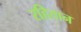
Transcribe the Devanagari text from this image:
रहितान